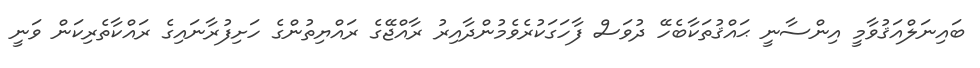
ބައިނަލްއަޤުވާމީ އިންސާނީ ޙައްޤުތަކާބެހޭ ދުވަސް ފާހަގަކުރެވެމުންދާއިރު ރާއްޖޭގެ ރައްޔިތުންގެ ހަށިފުރާނައިގެ ރައްކާތެރިކަން ވަނީ